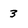
Character: 3